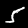
Digit: 5